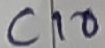
Text: C10